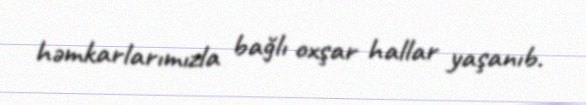
həmkarlarımızla bağlı oxşar hallar yaşanıb.